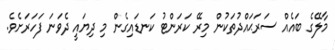
މާލޭގެ ބައެއް ސަރަޙައްދުތަކުން މިރޭ ކަރަންޓު ކަނޑައިގެން މި ދިޔައީ ދެވަނަ ފަހަރަށެވެ.